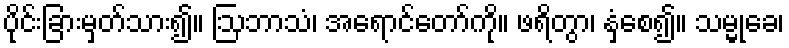
ပိုင်းခြားမှတ်သား၍။ ဩဘာသံ၊ အရောင်တော်ကို။ ဖရိတွာ၊ နှံ့စေ၍။ သမ္မုခေ၊